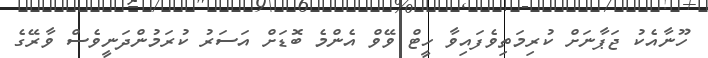
ހޫނާއެކު ޖަޕާނަށް ކުރިމަތިވެފައިވާ ހީޓް ވޭވް އެންމެ ބޮޑަށް އަސަރު ކުރަމުންދަނީވެސް ވާރޭގެ